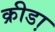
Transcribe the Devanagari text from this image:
क्रीडा़